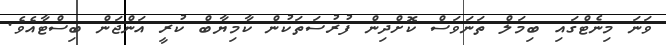
ވަނަ މިނެޓްގައި ބިމަލް ތަނަވަސް ކޮށްދިން ފުރުސަތަކުން ކާމިޔާބް ކުރީ އަންޖަން ބިސްޓާއެވެ.